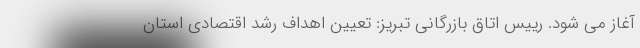
آغاز می شود. رییس اتاق بازرگانی تبریز: تعیین اهداف رشد اقتصادی استان